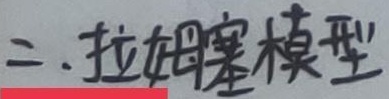
二. 拉姆塞模型